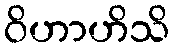
ဝိဟာဟိသိ